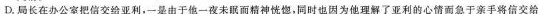
D.局长在办公室把信交给亚利，一是由于他一夜未眠而精神恍惚，同时也因为他理解了亚利的心情而急于亲手将信交给